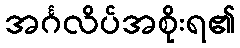
အင်္ဂလိပ်အစိုးရ၏